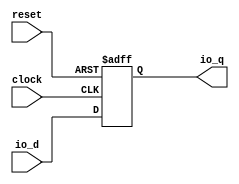
module AsyncResetRegVec_w1_i0(
  input   clock,
  input   reset,
  input   io_d,
  output  io_q
);
`ifdef RANDOMIZE_REG_INIT
  reg [31:0] _RAND_0;
`endif // RANDOMIZE_REG_INIT
  reg  reg_; // @[AsyncResetReg.scala 64:50]
  assign io_q = reg_; // @[AsyncResetReg.scala 68:8]
  always @(posedge clock or posedge reset) begin
    if (reset) begin // @[AsyncResetReg.scala 65:16]
      reg_ <= 1'h0; // @[AsyncResetReg.scala 66:9]
    end else begin
      reg_ <= io_d; // @[AsyncResetReg.scala 64:50]
    end
  end
// Register and memory initialization
`ifdef RANDOMIZE_GARBAGE_ASSIGN
`define RANDOMIZE
`endif
`ifdef RANDOMIZE_INVALID_ASSIGN
`define RANDOMIZE
`endif
`ifdef RANDOMIZE_REG_INIT
`define RANDOMIZE
`endif
`ifdef RANDOMIZE_MEM_INIT
`define RANDOMIZE
`endif
`ifndef RANDOM
`define RANDOM $random
`endif
`ifdef RANDOMIZE_MEM_INIT
  integer initvar;
`endif
`ifndef SYNTHESIS
`ifdef FIRRTL_BEFORE_INITIAL
`FIRRTL_BEFORE_INITIAL
`endif
initial begin
  `ifdef RANDOMIZE
    `ifdef INIT_RANDOM
      `INIT_RANDOM
    `endif
    `ifndef VERILATOR
      `ifdef RANDOMIZE_DELAY
        #`RANDOMIZE_DELAY begin end
      `else
        #0.002 begin end
      `endif
    `endif
`ifdef RANDOMIZE_REG_INIT
  _RAND_0 = {1{`RANDOM}};
  reg_ = _RAND_0[0:0];
`endif // RANDOMIZE_REG_INIT
  if (reset) begin
    reg_ = 1'h0;
  end
  `endif // RANDOMIZE
end // initial
`ifdef FIRRTL_AFTER_INITIAL
`FIRRTL_AFTER_INITIAL
`endif
`endif // SYNTHESIS
endmodule